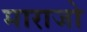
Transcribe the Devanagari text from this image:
माराजो